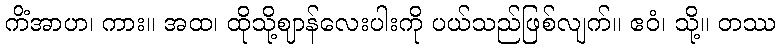
ကိံအာဟ၊ ကား။ အထ၊ ထိုသို့ဈာန်လေးပါးကို ပယ်သည်ဖြစ်လျက်။ ဧဝံ၊ သို့။ တဿ